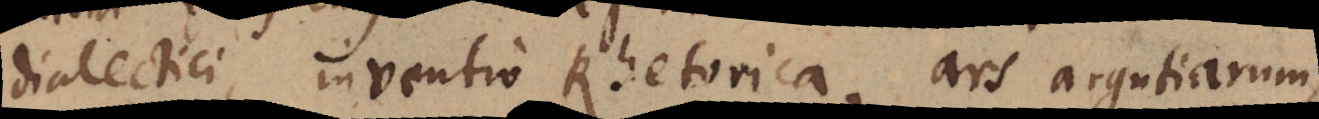
dialectici, inventio Rhetorica, ars argutiarum,